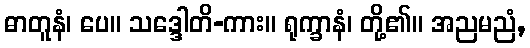
ဓာတူနံ၊ ပေ။ သဒ္ဒေါတိ-ကား။ ရုက္ခာနံ၊ တို့၏။ အညမညံ,